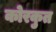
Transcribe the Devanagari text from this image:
कोरकुत